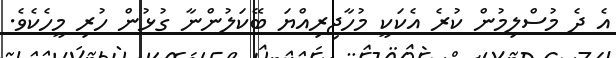
އެ ދެ މުސްލިމުން ކުރެ އެކަކީ މުހާޖިރިއްޔަ ބޭކަލުންނާ ގުޅުން ހުރި މީހެކެވެ.